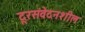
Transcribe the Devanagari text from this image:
दूरसंवेदनशील